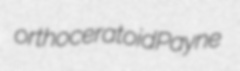
orthoceratoid Payne